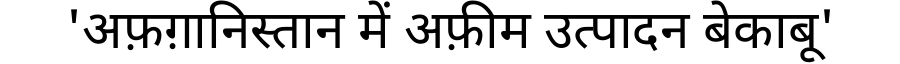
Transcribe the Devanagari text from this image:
'अफ़ग़ानिस्तान में अफ़ीम उत्पादन बेकाबू'